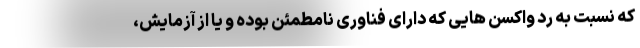
که نسبت به رد واکسن هایی که دارای فناوری نامطمئن بوده و یا از آزمایش،